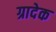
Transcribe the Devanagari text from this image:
ग्रादेक